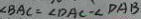
\angle B A C = \angle D A C - \angle D A B